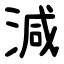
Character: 減